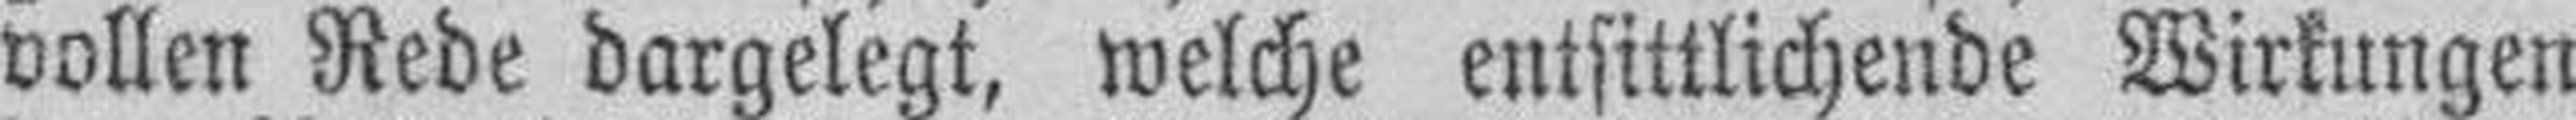
vollen Rede dargelegt, welche entsittlichende Wirkungen